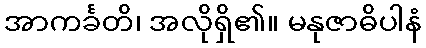
အာကင်္ခတိ၊ အလိုရှိ၏။ မနုဇာဓိပါနံ